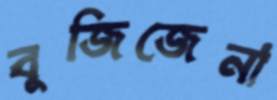
বুজিজেনা